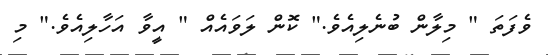
ވެފަތަ " މިލާން ބުނެލިއެވެ." ކޮން ލަވައެއް " އީވާ އަހާލިއެވެ." މި